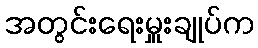
အတွင်းရေးမှူးချုပ်က